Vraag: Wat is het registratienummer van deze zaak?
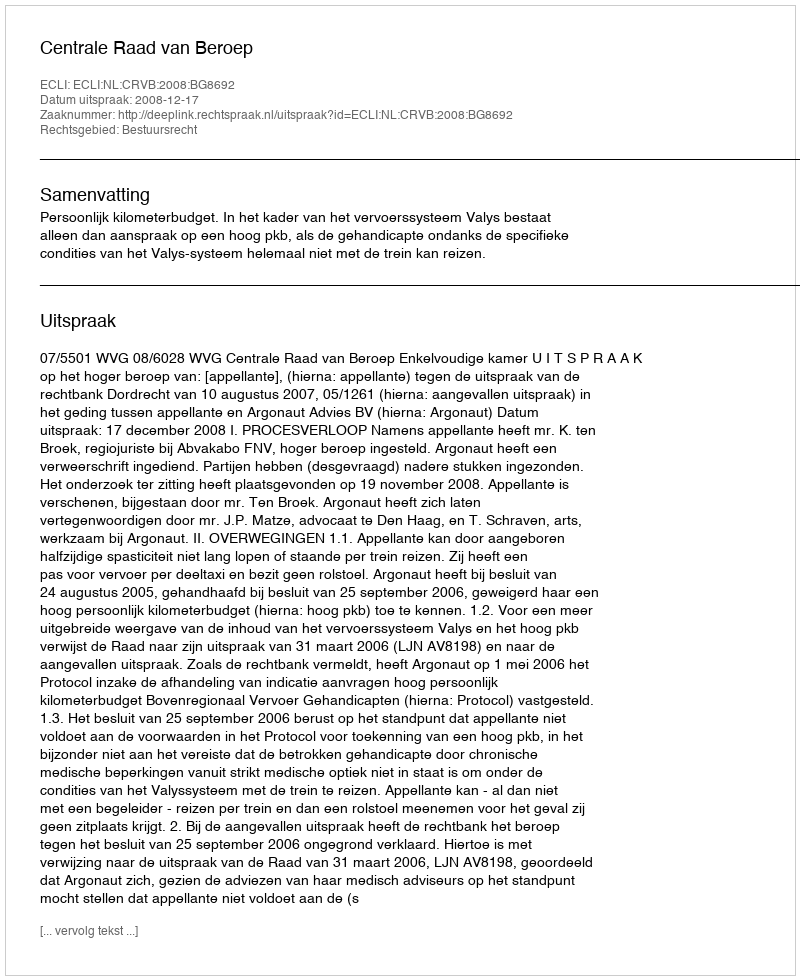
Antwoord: http://deeplink.rechtspraak.nl/uitspraak?id=ECLI:NL:CRVB:2008:BG8692